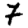
Digit: 7